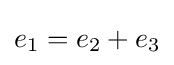
{\textstyle e_{1}=e_{2}+e_{3}}